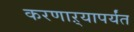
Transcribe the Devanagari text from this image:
करणाऱ्यापर्यंत